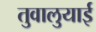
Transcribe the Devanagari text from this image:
तुवालुयाई